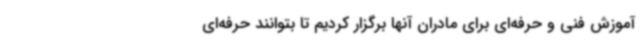
آموزش فنی و حرفه‌ای برای مادران آنها برگزار کردیم تا بتوانند حرفه‌ای